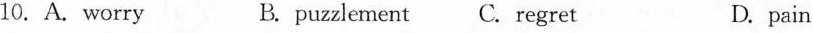
10.A. worry B.puzzlement C. regret D. pain